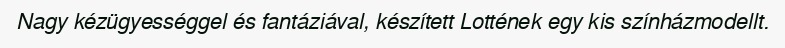
Nagy kézügyességgel és fantáziával, készített Lottének egy kis színházmodellt.